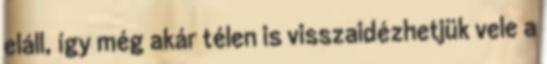
eláll, így még akár télen is visszaidézhetjük vele a